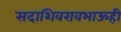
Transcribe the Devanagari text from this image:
सदाशिवरावभाऊही